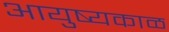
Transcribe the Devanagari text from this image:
आयुष्यकाळ